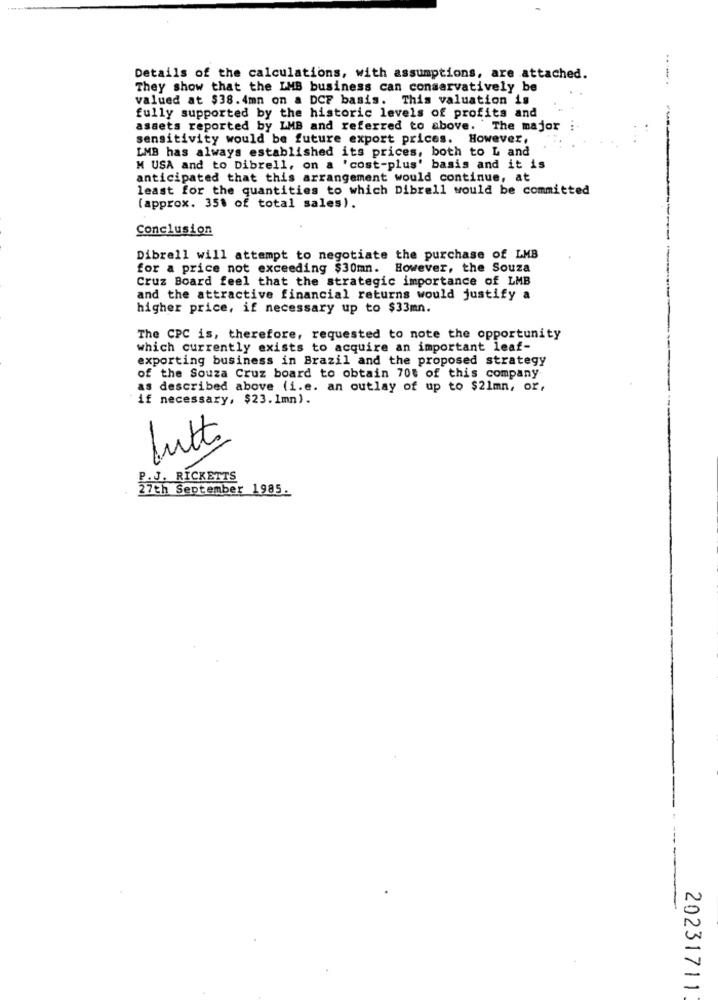
Details of the calculations, with assumptions, are attached.
They show that the LMB business can conservatively be
......
valued at $38.4mn on a DCF basis. This valuation is
fully supported by the historic levels of profits and
assets reported by LMB and referred to above. The major
sensitivity would be future export prices. However,
LMB has always established its prices, both to L and
M USA and to Dibrell, on a 'cost-plus' basis and it is
anticipated that this arrangement would continue, at
least for the quantities to which Dibrell would be committed
(approx. 35% of total sales).
Conclusion
Dibrell will attempt to negotiate the purchase of LMB
for a price not exceeding $30mn. However, the Souza
Cruz Board feel that the strategic importance of LMB
and the attractive financial returns would justify a
higher price, if necessary up to $33mn.
The CPC is, therefore, requested to note the opportunity
which currently exists to acquire an important leaf-
exporting business in Brazil and the proposed strategy
of the Souza Cruz board to obtain 70$ of this company
as described above (i.e. an outlay of up to $21mn, or,
if necessary, $23. 1mn).
butt
P.J. RICKETTS
27th September 1985.
20231711